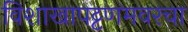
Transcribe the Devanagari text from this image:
विशाखापट्टणमवरचा